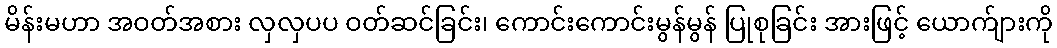
မိန်းမဟာ အဝတ်အစား လှလှပပ ဝတ်ဆင်ခြင်း၊ ကောင်းကောင်းမွန်မွန် ပြုစုခြင်း အားဖြင့် ယောက်ျားကို